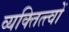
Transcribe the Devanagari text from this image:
व्यक्तित्त्वों